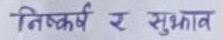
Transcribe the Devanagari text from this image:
निष्कर्ष र सुझाव